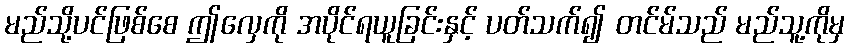
မည်သို့ပင်ဖြစ်စေ ဤလှေကို အပိုင်ရယူခြင်းနှင့် ပတ်သက်၍ တင်မ်သည် မည်သူ့ကိုမှ